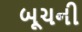
બૂચની